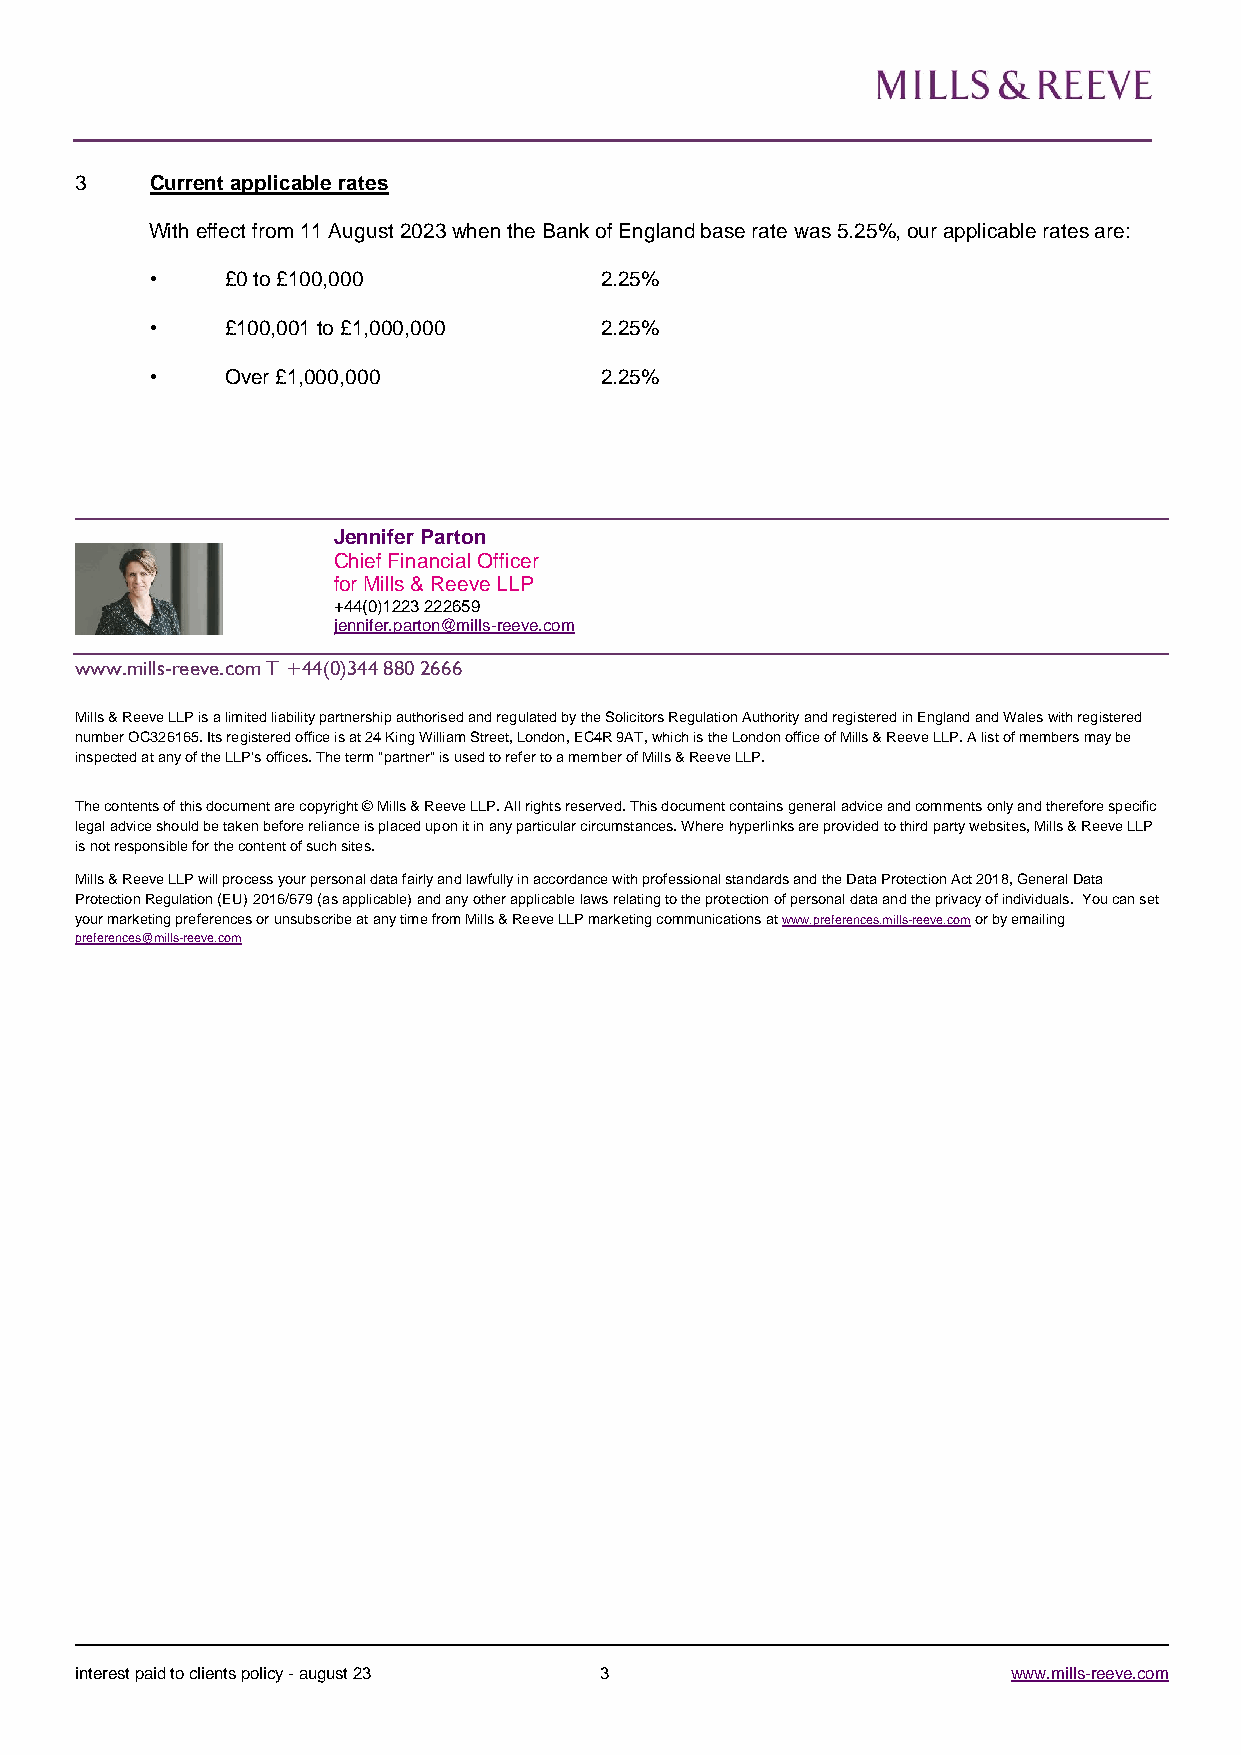
3    Current applicable rates
 With effect from 11 August 2023 when the Bank of England base rate was 5.25%, our applicable rates are:
 •    £0 to £100,000           2.25%
 •    £100,001 to £1,000,000   2.25%
 •    Over £1,000,000          2.25%
 Jennifer Parton
 Chief Financial Officer
 for Mills & Reeve LLP
 +44(0)1223 222659
 jennifer.parton@mills-reeve.com
 www.mills-reeve.com T +44(0)344 880 2666
 Mills & Reeve LLP is a limited liability partnership authorised and regulated by the Solicitors Regulation Authority and registered in England and Wales with registered
 number OC326165. Its registered office is at 24 King William Street, London, EC4R 9AT, which is the London office of Mills & Reeve LLP. A list of members may be
 inspected at any of the LLP's offices. The term "partner" is used to refer to a member of Mills & Reeve LLP.
 The contents of this document are copyright © Mills & Reeve LLP. All rights reserved. This document contains general advice and comments only and therefore specific
 legal advice should be taken before reliance is placed upon it in any particular circumstances. Where hyperlinks are provided to third party websites, Mills & Reeve LLP
 is not responsible for the content of such sites.
 Mills & Reeve LLP will process your personal data fairly and lawfully in accordance with professional standards and the Data Protection Act 2018, General Data
 Protection Regulation (EU) 2016/679 (as applicable) and any other applicable laws relating to the protection of personal data and the privacy of individuals. You can set
 your marketing preferences or unsubscribe at any time from Mills & Reeve LLP marketing communications at www.preferences.mills-reeve.com or by emailing
 preferences@mills-reeve.com
 interest paid to clients policy - august 23 3                 www.mills-reeve.com